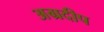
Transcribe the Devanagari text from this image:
अग्रदीप